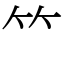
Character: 𥫗